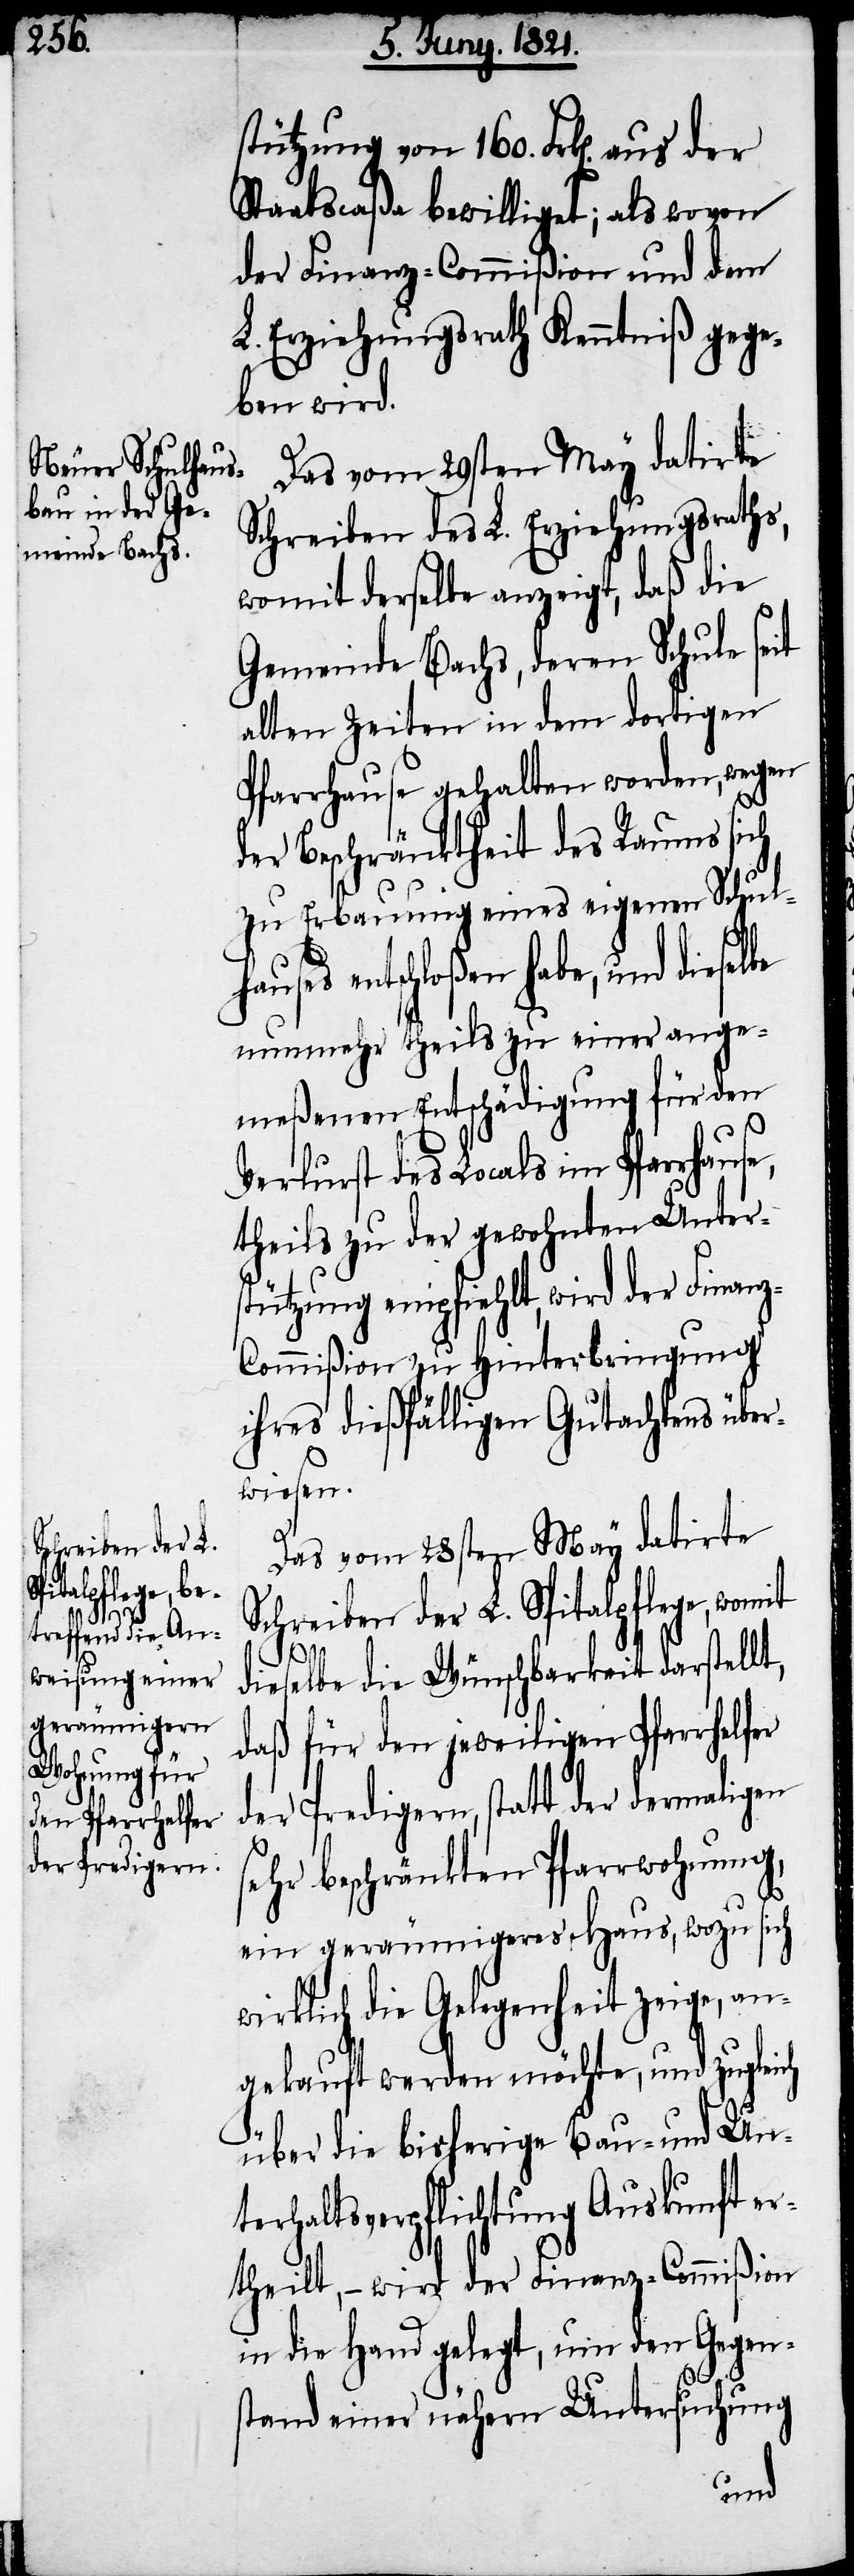
stützung von 160. Frk[en]. aus
Staatscaßa bewilliget; als wovon
der Finanz-Commißion und dem
L. Erziehungsrath Kenntniß gege¬
ben wird.
Das vom 29sten May datirte
Schreiben des L. Erziehungsraths,
womit derselbe anzeigt, daß die
Gemeinde Bachs, deren Schule seit
alten Zeiten in dem dortigen
Pfarrhause gehalten worden, wegen
der Beschränktheit des Raumes sich
zu Erbauung eines eigenen Schulha¬
uses entschloßen habe, und diese¬
nunmehr theils zu einer ange¬
meßenen Entschädigung für den
Verlust des Locals im Pfarrhause,
theils zu der gewohnten Unters¬
tützung empfiehlt, wird der Finan¬
z-Commißion zu Hinterbringung
ihres dießfälligen Gutachtens über¬
wiesen.
Das vom 28sten May datirte
lbe
Schreiben der L. Spitalpflege, womit
dieselbe die Wünschbarkeit darstellt,
daß für den jeweiligen Pfarrhelfer
der Predigern, statt der dermaligen
sehr beschränkten Pfarrwohnung,
ein geräumigeres Haus, wozu sich
wirklich die Gelegenheit zeige, an¬
gekauft werden möchte, und zugleich
über die bisherige Bau- und Un¬
terhaltsverpflichtungen Auskunft er¬
theilt, – wir der Finanz-Commißion
in die Hand gelegt, um den Gegen¬
stand einer nähern Untersuchung